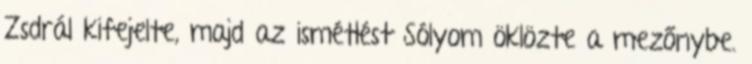
Zsdrál kifejelte, majd az ismétlést Sólyom öklözte a mezőnybe.